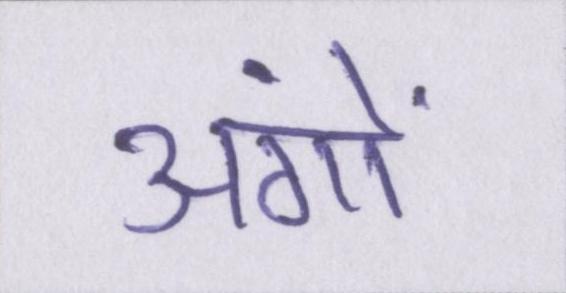
अंगों